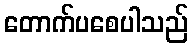
တောက်ပစေပါသည်